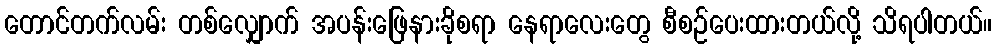
တောင်တက်လမ်း တစ်လျှောက် အပန်းဖြေနားခိုစရာ နေရာလေးတွေ စီစဉ်ပေးထားတယ်လို့ သိရပါတယ်။